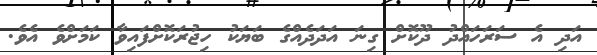
އަދި އެ ސަރަހައްދު ދޫކޮށް ގިނަ އަދަދެއްގެ ބަަޔަކު ހިޖުރަކޮށްފައިވާ ކަަމަށްވެ އެވެ.